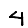
Digit: 4